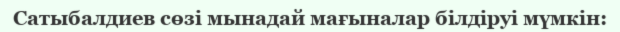
Сатыбалдиев сөзі мынадай мағыналар білдіруі мүмкін: